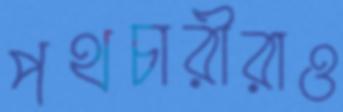
পথচারীরাও